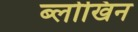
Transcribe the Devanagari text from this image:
ब्लोखिन